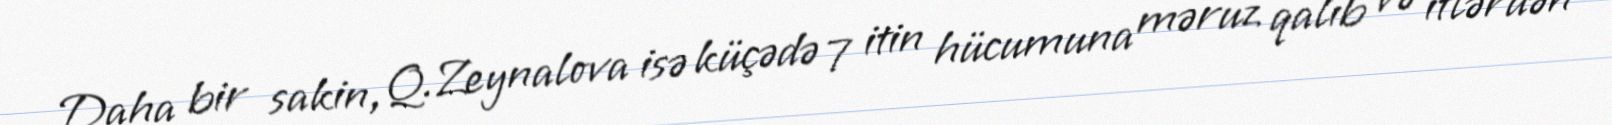
Daha bir sakin, Q.Zeynalova isə küçədə 7 itin hücumuna məruz qalıb və itlərdən